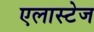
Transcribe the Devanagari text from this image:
एलास्टेज